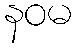
နဝမ